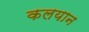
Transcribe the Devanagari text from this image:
कलयान